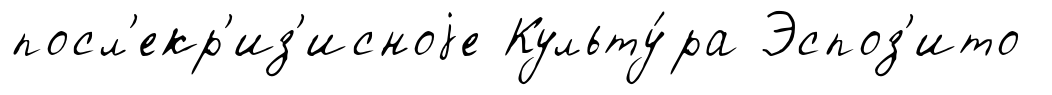
посл'екр'из'исноjе Культу́ра Эспоз'ито